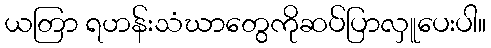
ယတြာ ရဟန်းသံဃာတွေကိုဆပ်ပြာလှူပေးပါ။